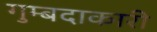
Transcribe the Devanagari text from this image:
गुम्बदाकारी